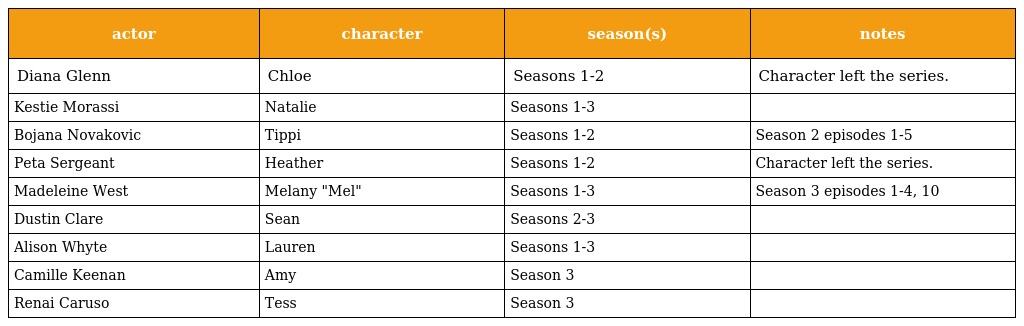
| actor | character | season(s) | notes |
 | --- | --- | --- | --- |
 | Diana Glenn | Chloe | Seasons 1-2 | Character left the series. |
 | Kestie Morassi | Natalie | Seasons 1-3 |  |
 | Bojana Novakovic | Tippi | Seasons 1-2 | Season 2 episodes 1-5 |
 | Peta Sergeant | Heather | Seasons 1-2 | Character left the series. |
 | Madeleine West | Melany "Mel" | Seasons 1-3 | Season 3 episodes 1-4, 10 |
 | Dustin Clare | Sean | Seasons 2-3 |  |
 | Alison Whyte | Lauren | Seasons 1-3 |  |
 | Camille Keenan | Amy | Season 3 |  |
 | Renai Caruso | Tess | Season 3 |  |